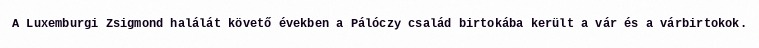
A Luxemburgi Zsigmond halálát követő években a Pálóczy család birtokába került a vár és a várbirtokok.